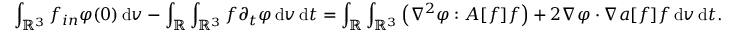
\int _ { \ensuremath { { \mathbb R } } ^ { 3 } } f _ { i n } \varphi ( 0 ) \, \mathrm { d } v - \int _ { \ensuremath { { \mathbb R } } } \int _ { \ensuremath { { \mathbb R } } ^ { 3 } } f \partial _ { t } \varphi \, \mathrm { d } v \, \mathrm { d } t = \int _ { \ensuremath { { \mathbb R } } } \int _ { \ensuremath { { \mathbb R } } ^ { 3 } } \left( \nabla ^ { 2 } \varphi : A [ f ] f \right) + 2 \nabla \varphi \cdot \nabla a [ f ] f \, \mathrm { d } v \, \mathrm { d } t .